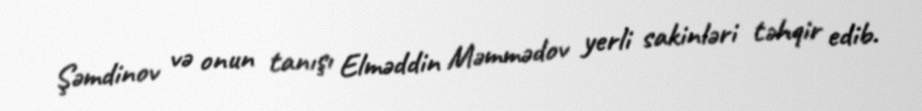
Şəmdinov və onun tanışı Elməddin Məmmədov yerli sakinləri təhqir edib.